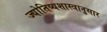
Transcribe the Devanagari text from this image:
ज्योतिष्यशास्त्रानुसार